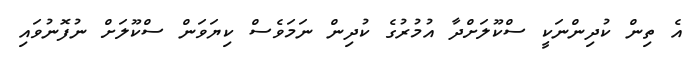
އެ ތިން ކުދިންނަކީ ސްކޫލަށްދާ އުމުރުގެ ކުދިން ނަމަވެސް ކިޔަވަން ސްކޫލަށް ނުފޮނުވައި